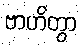
ဗာဟိတွာ